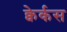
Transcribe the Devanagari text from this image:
क्वेर्कस